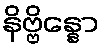
နိဗ္ဗိန္နော